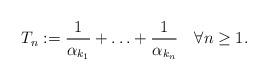
LaTeX: \begin{align*}T_{n}:=\frac{1}{\alpha_{k_{1}}}+\ldots+\frac{1}{\alpha_{k_{n}}}\quad\forall n\geq 1.\end{align*}